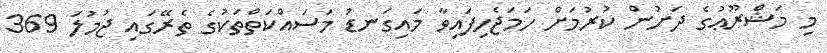
މި މަޝްރޫޢުގެ ދަށުން ކުރުމަށް ހަމަޖެހިފައިވާ މައިގަނޑު މަސައްކަތްތަކުގެ ތެރޭގައި ޖުމުލަ 369